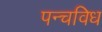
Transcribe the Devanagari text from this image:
पन्चविध